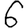
Digit: 6